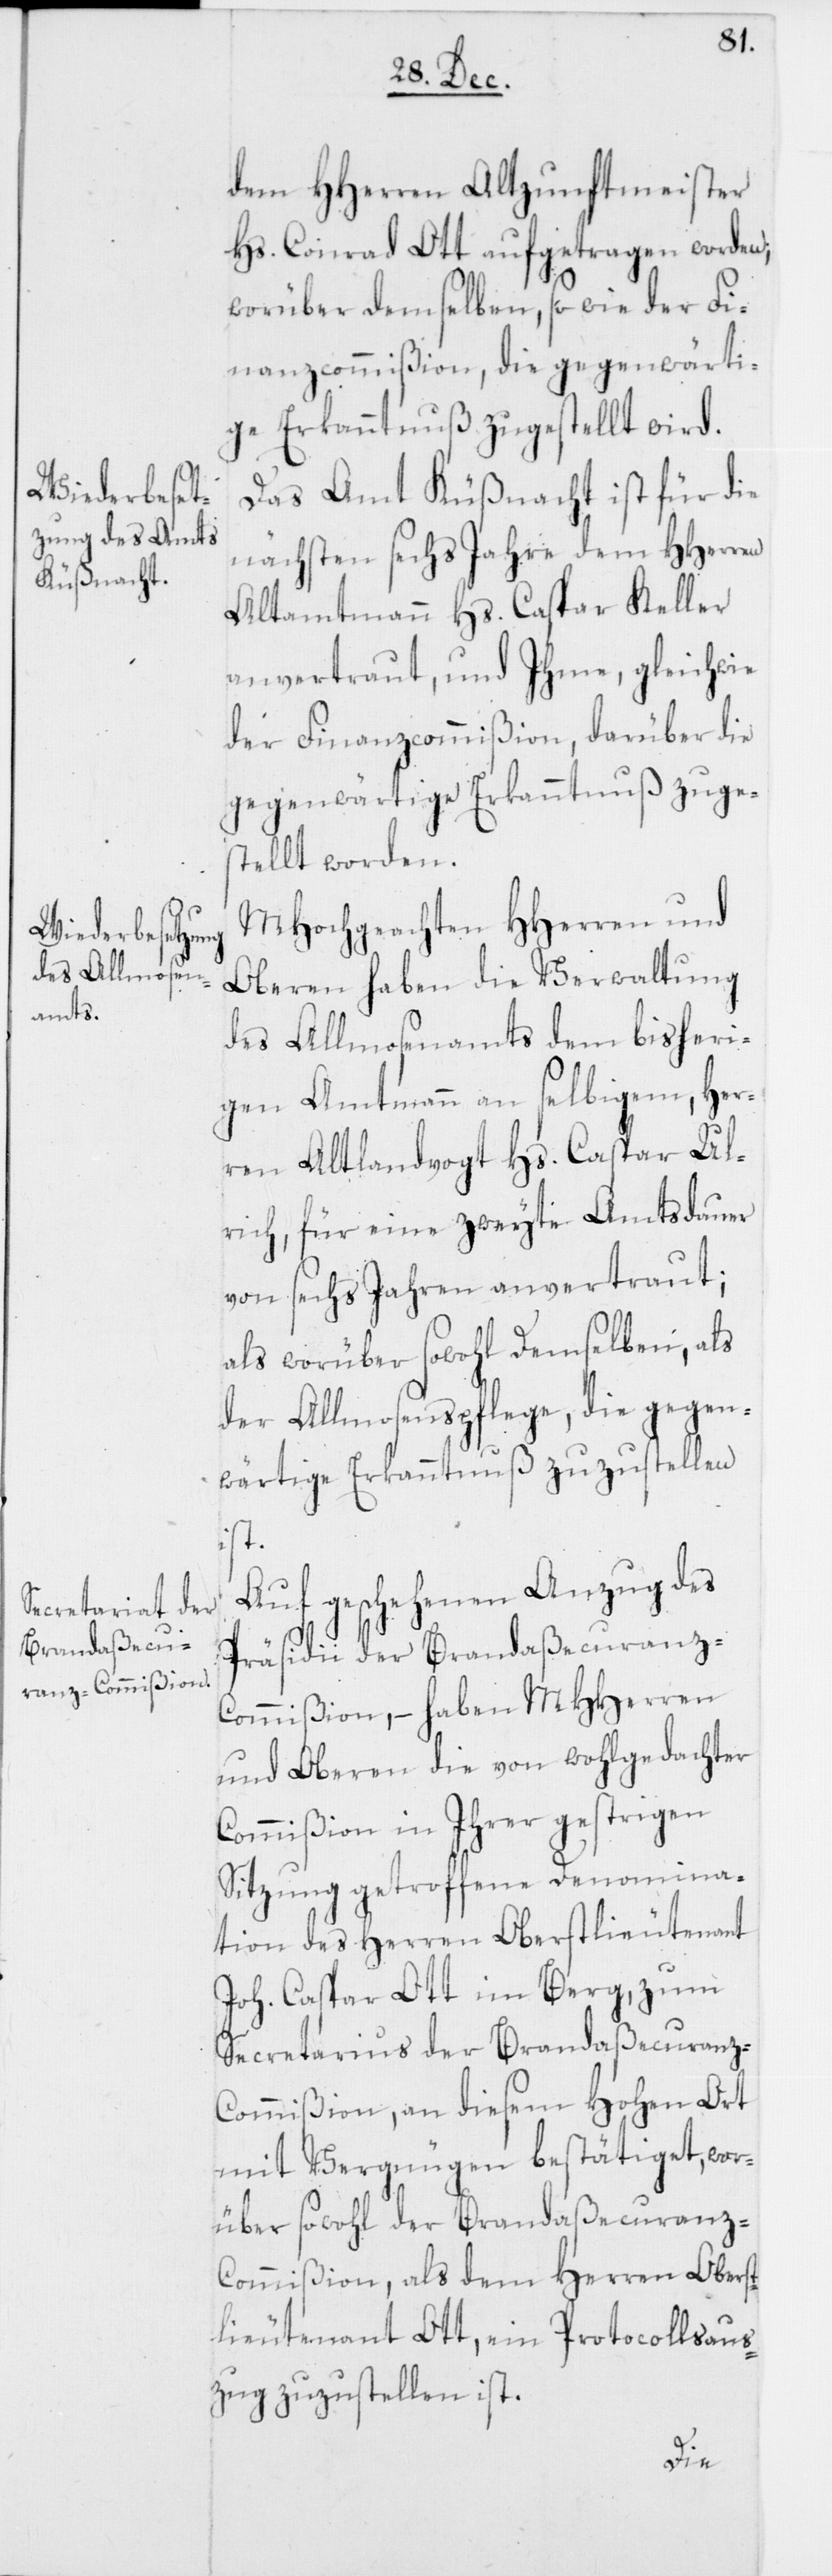
dem HHerren Altzunftmeister
Hs. Conrad Ott aufgetragen worden,
worüber demselben so wie der Fi¬
nanzcommißion, die gegenwärti¬
ge Erkanntnuß zugestellt wird.
Das Amt Küßnacht ist für die
nächsten sechs Jahre dem HHerren
Altamtmann Hs. Caspar Keller
anvertraut, und Ihme, gleichwie
der Finanzcommißion, darüber die
gegenwärtige Erkanntnuß zuge¬
stellt worden.
MHochgeachten HHerren und
Oberen haben die Verwaltung
des Allmosenamts dem bisheri¬
gen Amtmann an selbigem, Her¬
ren Altlandvogt Hs. Caspar Ul¬
rich, für eine zweyte Amtsdauer
von sechs Jahren anvertraut;
als worüber sowohl Demselben, als
der Allmosenpflege, die gegen¬
wärtige Erkanntnuß zuzustellen
ist.
Auf geschehenen Anzug des
Präsidii der Brandaßecuranz-C¬
ommißion, – haben MHHerren
und Oberen die von wohlgedachter
Commißion in Ihrer gestrigen
Sitzung getroffene Denomina¬
tion des Herren Oberstlieutenant
Joh. Caspar Ott im Berg, zum
Secretarius der Brandaßecuranz-C¬
ommißion, an diesem Hohen Ort
mit Vergnügen bestätiget, wor¬
über sowohl der Brandaßecuranz-C¬
ommißion als dem Herren Obers¬
tlieutenant Ott, ein Protocollsaus¬
zug zuzustellen ist.